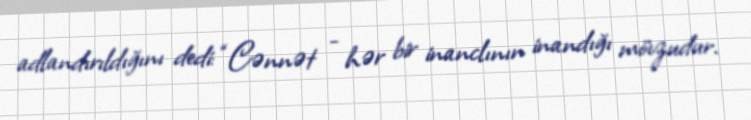
adlandırıldığını dedi: “Cənnət - hər bir inanclının inandığı mövzudur.